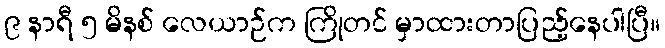
၉ နာရီ ၅ မိနစ် လေယာဉ်က ကြိုတင် မှာထားတာပြည့်နေပါပြီ။